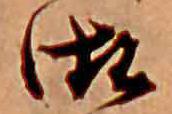
御